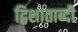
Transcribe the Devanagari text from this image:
द्विशाताब्दी